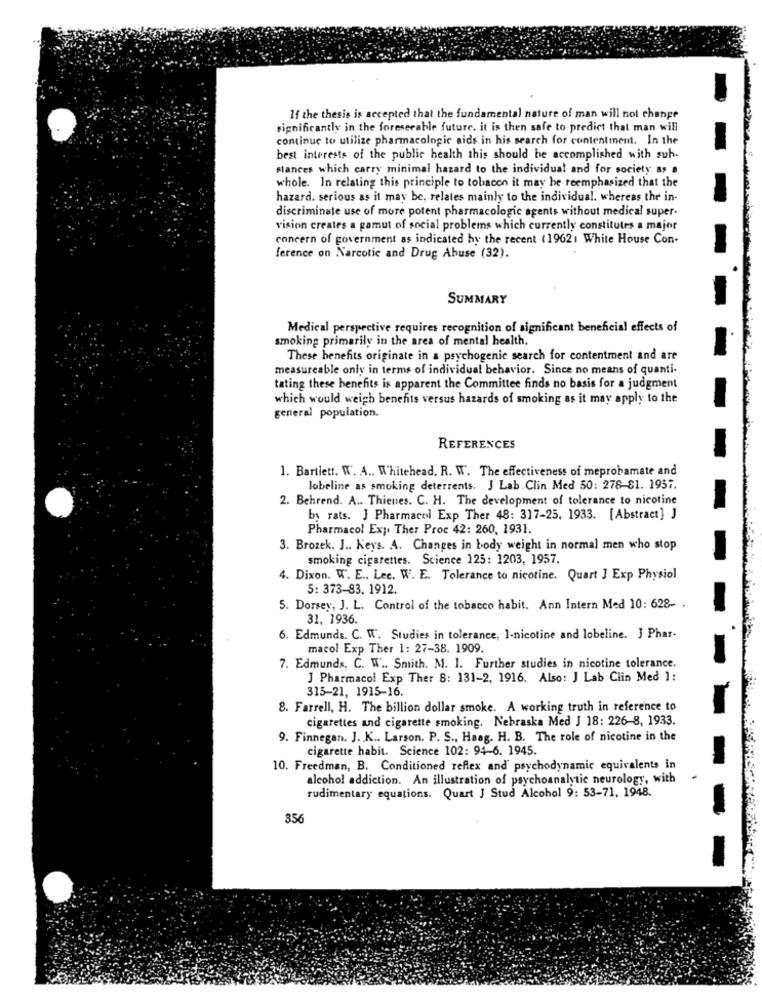
If the thesis is accepted that the fundamental nature of man will not change
significantly in the foreseeable future. it is then safe to predict that man will
continue to utilize pharmacologic aids in his search for contentment. In the
best interests of the public health this should be accomplished with sub.
Mances which carry minimal hazard to the individual and for society as a
whole. In relating this principle to tobacco it may be reemphasized that the
hazard. serious as it may be, relates mainly to the individual. whereas the in-
discriminate use of more potent pharmacologic agents without medical super.
vision creates a gamut of social problems which currently constitutes a major
concern of government as indicated by the recent (19621 White House Con-
ference on Narcotic and Drug Abuse (32).
SUMMARY
Medical perspective requires recognition of significant beneficial effects of
smoking primarily in the area of mental health.
These benefits originate in a psychogenic search for contentment and are
measureable only in terms of individual behavior. Since no means of quanti-
tating these benefits is apparent the Committee finds no basis for a judgment
which would weigh benefits versus hazards of smoking as it may apply to the
general population.
REFERENCES
1. Bartlett. W. A .. Whitehead. R. W'. The effectiveness of meprobamate and
Jobeline as smoking deterrents. J Lab. Clin Med 50: 278-81. 1957.
2. Behrend. A .. Thienes. C. H. The development of tolerance to nicotine
by rats. J Pharmacol Exp Ther 48: 317-25, 1933. [Abstract] J
Pharmacol Exp. Ther Proc 42: 260, 1931.
3. Brozek, J .. Keys. A. Changes in body weight in normal men who stop
smoking cigarettes. Science 125: 1203, 1957.
4. Dixon. W. E .. Lee. W. E. Tolerance to nicotine. Quart ] Exp Physiol
5: 373-83. 1912.
5. Dorsey, J. L. Control of the tobacco habit. Ann Intern Med 10: 628- .
31, 1936.
6. Edmunds. C. W. Studies in tolerance, 1-nicotine and lobeline. J Phar-
macol Exp Ther 1: 27-38. 1909.
7. Edmunds, C. W .. Smith. M. I. Further studies in nicotine tolerance.
J Pharmacol Exp Ther 8: 131-2, 1916. Also: J Lab Clin Med ]:
315-21, 1915-16.
8. Farrell, H. The billion dollar smoke. A working truth in reference to
cigarettes and cigarette smoking. Nebraska Med J 18: 226-8, 1933.
9. Finnegan. J. K .. Larson. P. S ., Haag. H. B. The role of nicotine in the
cigarette habit. Science 102: 94-6. 1945.
10. Freedman, B. Conditioned reflex and' psychodynamic equivalents in
alcohol addiction. An illustration of psychoanalytic neurology, with
rudimentary equations. Quart J Stud Alcohol 9: 53-71, 1948.
356